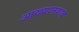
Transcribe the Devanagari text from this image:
आख्यानवाद